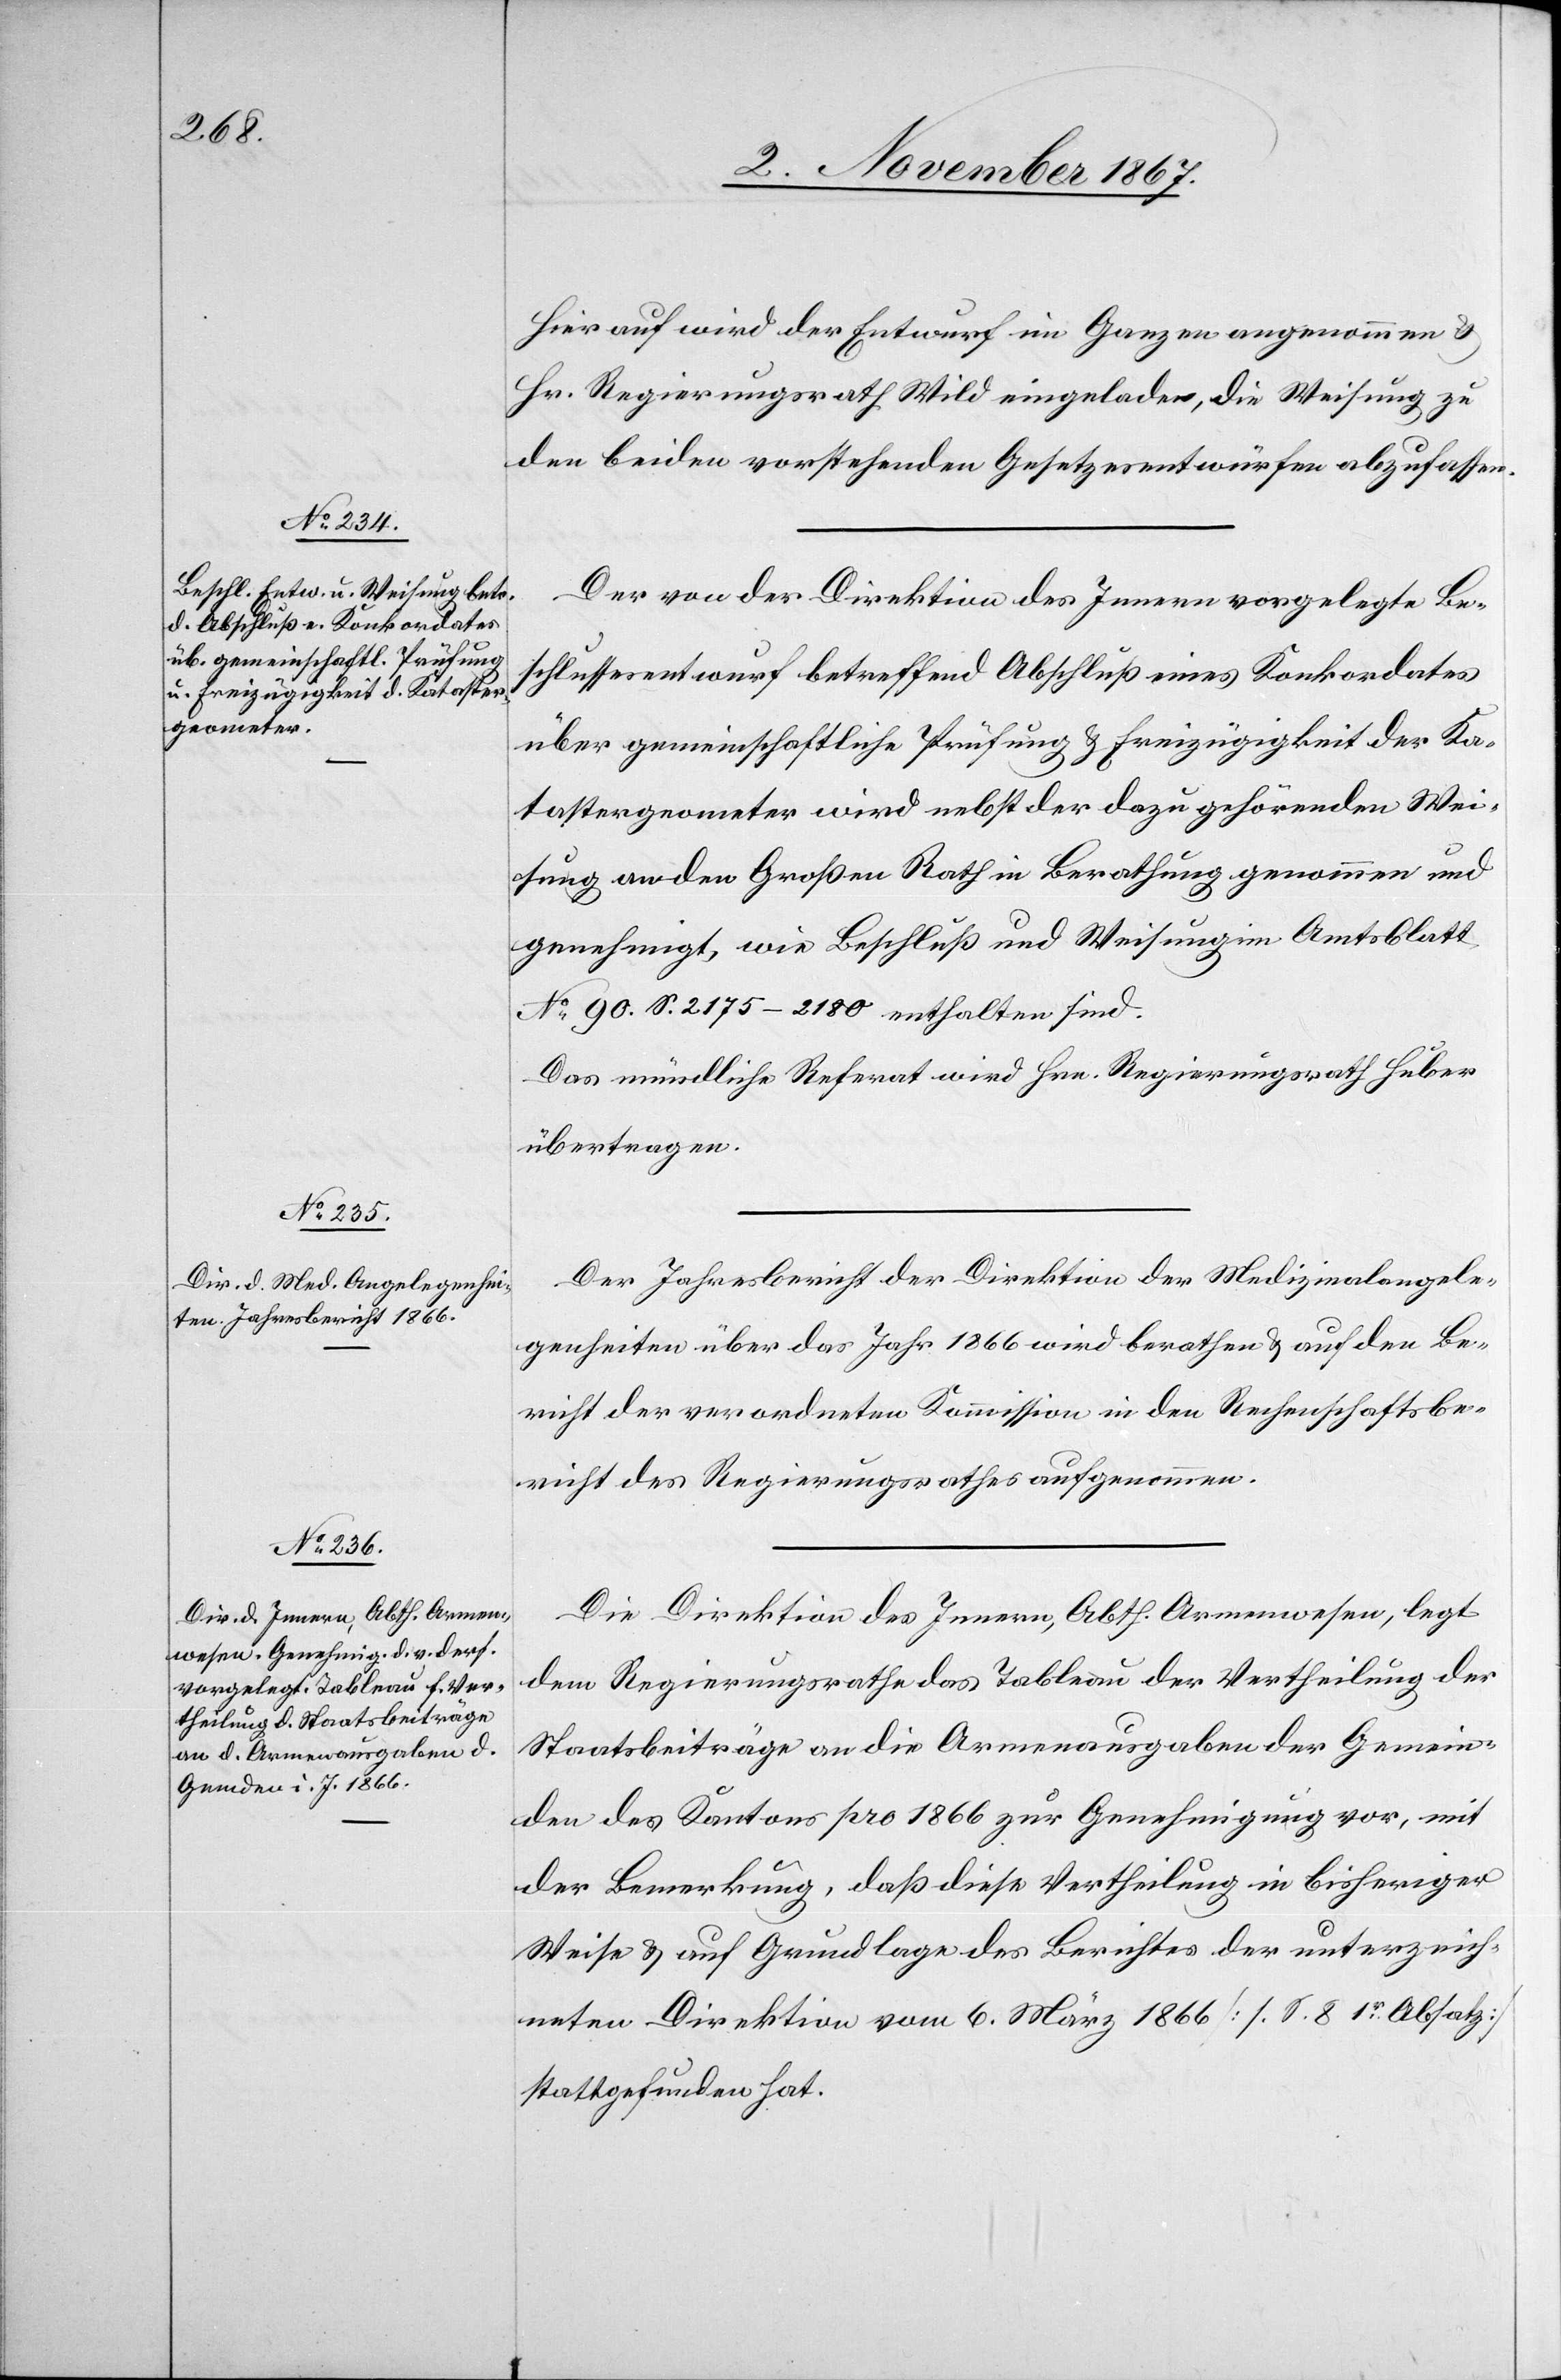
Hierauf wird der Entwurf im Ganzen angenommen u.
Hr. Regierungsrath Wild eingeladen, die Weisung zu
den beiden vorstehenden Gesetzesentwürfen abzulassen.
Der von der Direktion des Innern vorgelegte Be¬
schlussesentwurf betreffend Abschluß eines Konkordates
über gemeinschaftliche Prüfung u. Freizügigkeit der Ka¬
tastergeometer wird nebst der dazu gehörenden Wei¬
sung an den Großen Rath in Berathung genommen und
genehmigt, wie Beschluß und Weisung im Amtsblatt
No. 90 S. 2175–2180 enthalten sind.
Das mündliche Referat wird Hrn. Regierungsrath Huber
übertragen.
Der Jahresbericht der Direktion der Medizinalangele¬
genheiten über das Jahr 1866 wird berathen u. auf den Be¬
richt der verordneten Kommission in den Rechenschaftsbe¬
richt des Regierungsrathes aufgenommen.
Die Direktion des Innern, Abth. Armenwesen, legt
dem Regierungsrathe das Tableau der Vertheilung der
Staatsbeiträge an die Armenausgaben der Gemein¬
den des Kantons pro 1866 zur Genehmigung vor, mit
der Bemerkung, daß diese Vertheilung in bisheriger
Weise u. auf Grundlage des Berichtes der unterzeich¬
neten Direktion vom 6. März 1866 [s. S. 8 1r. Absatz]
stattgefunden hat.